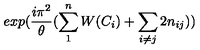
e x p ( { \frac { i \pi ^ { 2 } } { \theta } } ( \sum _ { 1 } ^ { n } W ( C _ { i } ) + \sum _ { i \neq j } 2 n _ { i j } ) )